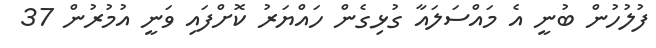
ފުލުހުން ބުނީ އެ މައްސަލައާ ގުޅިގެން ހައްޔަރު ކޮށްފައި ވަނީ އުމުރުން 37